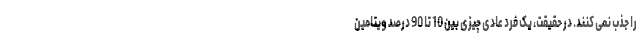
را جذب نمی کنند. در حقیقت، یک فرد عادی چیزی بین 10 تا 90 درصد ویتامین